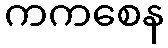
ကကစေန